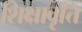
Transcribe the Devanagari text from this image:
शिक्षावृत्ति